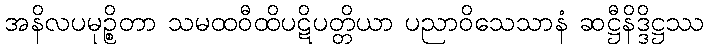
အနိလပမုဉ္စိတာ သမထဝီထိပဋိပတ္တိယာ ပညာဝိသေသာနံ ဆဋ္ဌီနိဒ္ဒိဋ္ဌဿ